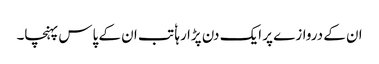
ان کے دروازے پر ایک دن پڑا رہا ٗ تب ان کے پاس پہنچا۔